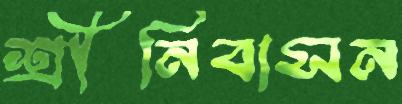
শ্রীনিবাসন